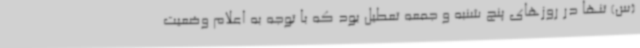
(س) تنها در روزهای پنج شنبه و جمعه تعطیل بود که با توجه به اعلام وضعیت